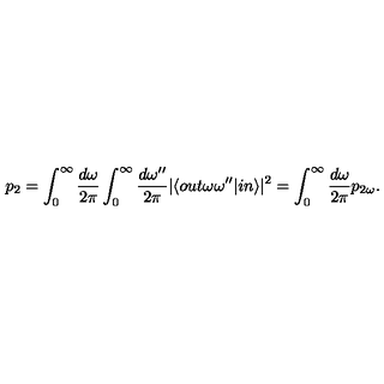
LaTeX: p _ { 2 } = \int _ { 0 } ^ { \infty } \frac { d \omega } { 2 \pi } \int _ { 0 } ^ { \infty } \frac { d \omega ^ { \prime \prime } } { 2 \pi } \vert \langle o u t \omega \omega ^ { \prime \prime } \vert i n \rangle \vert ^ { 2 } = \int _ { 0 } ^ { \infty } \frac { d \omega } { 2 \pi } p _ { 2 \omega } .